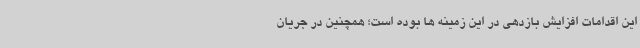
این اقدامات افزایش بازدهی در این زمینه ها بوده است؛ همچنین در جریان